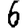
Digit: 6